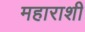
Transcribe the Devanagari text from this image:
महाराशी